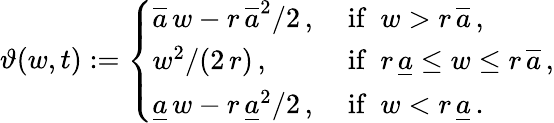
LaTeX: \vartheta(w,t):=\left\{ \begin{array}{ll}{\overline{{a}}\, w-r\, \overline{{a}}^{2}/2\, ,}&{\mathrm{~if\ \ }w>r\, \overline{{a}}\, ,}\\ {w^{2}/(2\, r)\, ,}&{\mathrm{~if\ \ }r\, \underline{{a}}\le w\le r\, \overline{{a}}\, ,}\\ {\underline{{a}}\, w-r\, \underline{{a}}^{2}/2\, ,}&{\mathrm{~if\ \ }w<r\, \underline{{a}}\, .}\end{array}\right.